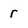
Character: r